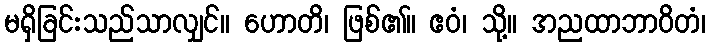
မရှိခြင်းသည်သာလျှင်။ ဟောတိ၊ ဖြစ်၏။ ဧဝံ၊ သို့။ အညထာဘာဝိတံ၊